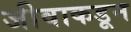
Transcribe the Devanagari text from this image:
जीवाकडून